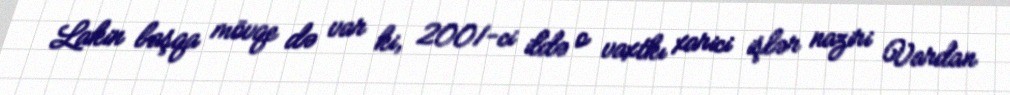
Lakin başqa mövqe də var ki, 2001-ci ildə o vaxtkı xarici işlər naziri Vardan